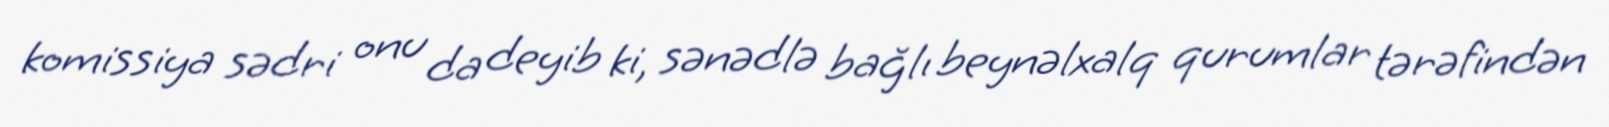
komissiya sədri onu da deyib ki, sənədlə bağlı beynəlxalq qurumlar tərəfindən